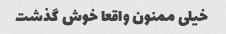
خیلی ممنون واقعا خوش گذشت